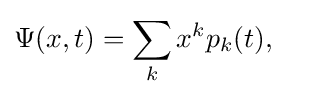
\Psi (x,t)=\sum _{k}x^{k}p_{k}(t),\quad